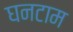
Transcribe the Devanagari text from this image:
घनटाम